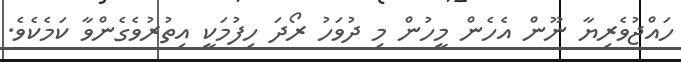
ހައްޖުވެރިޔާ ނޫން އެހެން މީހުން މި ދުވަހު ރޯދަ ހިފުމަކީ އިތުރުވެގެންވާ ކަމެކެވެ.